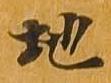
地